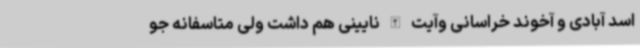
اسد آبادی و آخوند خراسانی وآیت الله نایینی هم داشت ولی متاسفانه جو